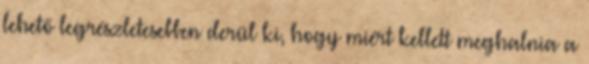
lehető legrészletesebben derül ki, hogy miért kellett meghalnia a